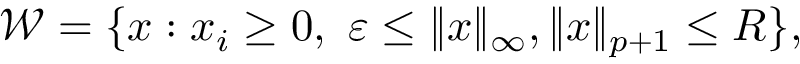
\begin{array} { r } { \mathcal { W } = \{ { \boldsymbol x } : x _ { i } \geq 0 , \ \varepsilon \leq \| { \boldsymbol x } \| _ { \infty } , \| { \boldsymbol x } \| _ { p + 1 } \leq R \} , } \end{array}